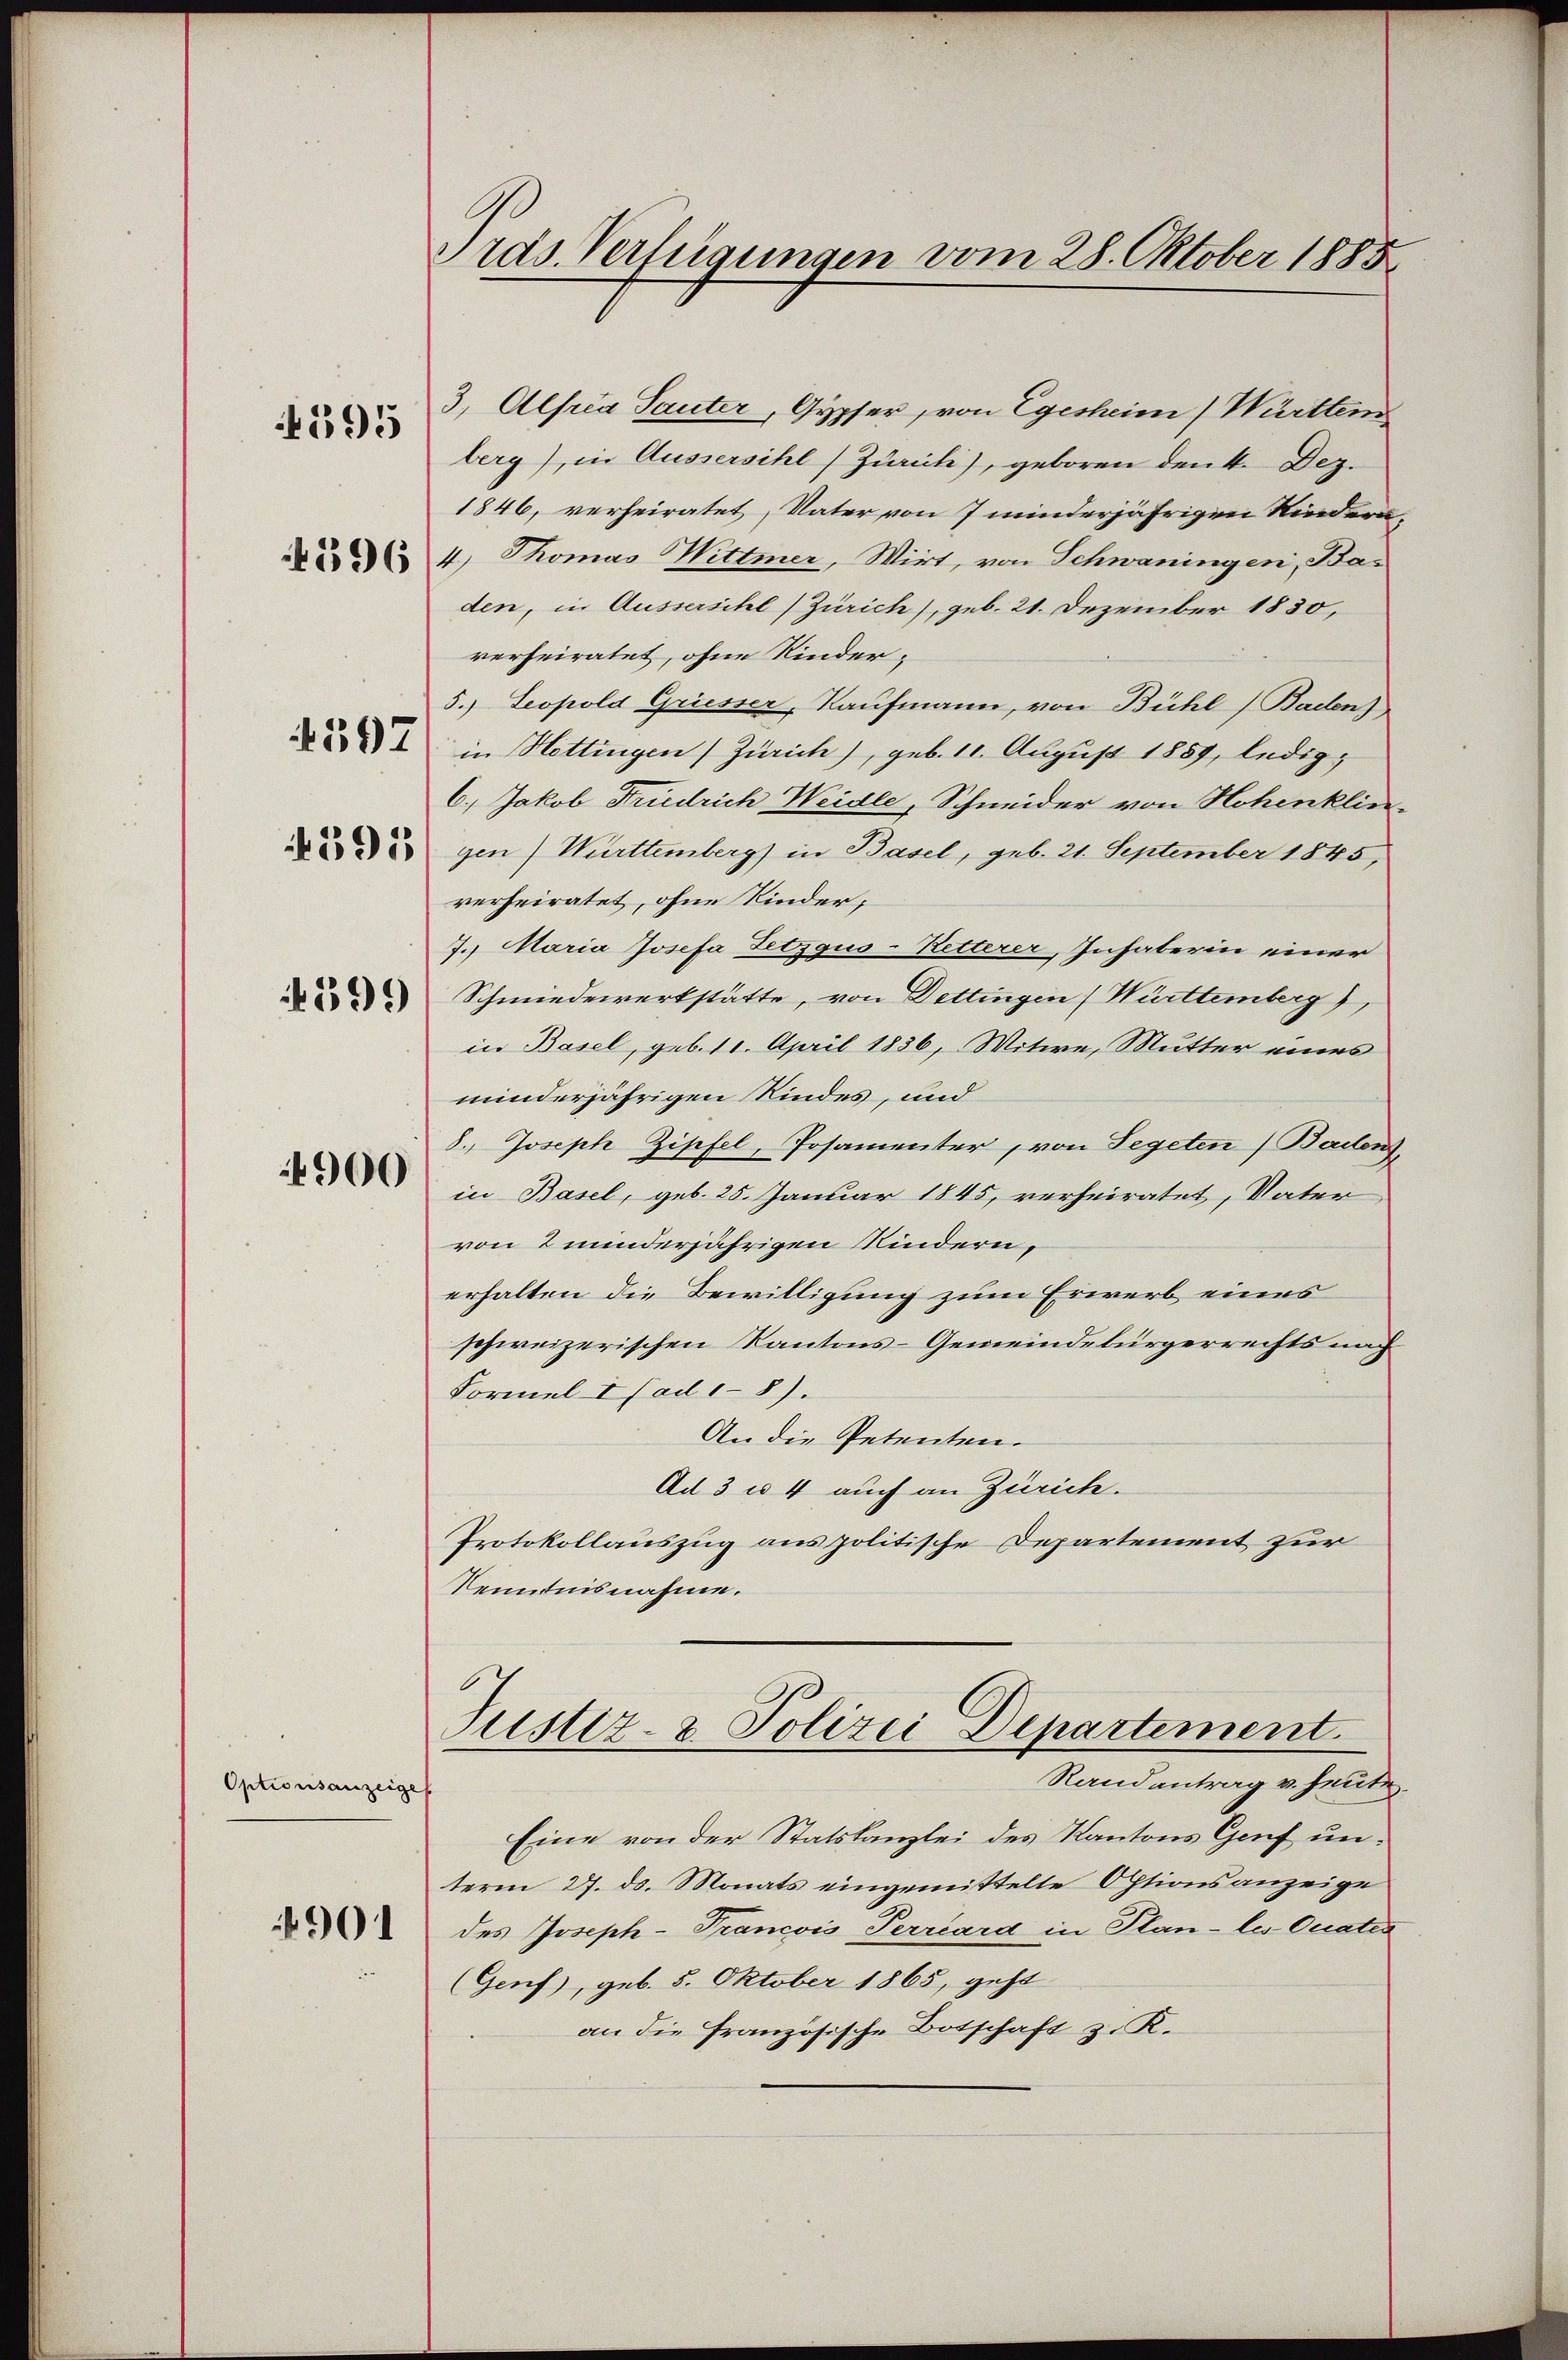
595

4596

597

391

199

4900

Optionsanzeige

901

.
rds. Verfügungen vom 28. Oktober 1888

3, Alfria Sauter, Gypfer von Egesheim Württem
berg), in Aussersihl (Zürich), geboren denk. Dez.
1846, verheiratet, Vater von 7 minderjährigen Kindern
4.) Thomas Wittmer, Wirt, von Schwaningen, Bas
den, in Aussersihl (Zürich), geb. 21. Dezember 1830,
verheiratet, ohne Kinder¬
5.) Leopold Griesser, Kaufmann, von Bühl (Badens
in Hottingen (Zürich), geb. 11. August 1859, ledig¬
6.) Jakob Friedrich Weidle, Schneider von Hohenklin-
gen) Württemberg) in Basel, geb. 21. September 1845,
verheiratet, ohne Kinder;
7. Maria Josefa Tetzgus-Retterer, Inhaberin einer
Schmiederwerkstätte, von Dettingen (Württemberg),
in Basel, geb. 11. April 1836, Witwe, Mutter eines
minderjährigen Kindes, und
8., Joseph Zipfel, Posamenter, von Segeten (Ballen,
in Basel, geb. 25. Januar 1845, verheiratet, Vater
von 2 minderjährigen Kindern,
erhalten die Bewilligung zum Erwerb eines
schweizerischen Kantons-Gemeindebürgerrechts nach
Formel I (ad1-8).
An die Petenten.
Ad 3 u. 4 auch an Zürich.
Protokollauszug aus politische Departement zur
Kenntnisnahme.
Justiz- & Polizei Departement.
Randantrag v. heute.
Eine von der Statskanzlei des Kantons Genf unterm 27. ds. Monats eingemittelte Optionsanzeige
des Joseph-Trancois Perrard in Plan - les Onates
(Genf), geb. 8. Oktober 1865, geht
an die französische Botschaft z. K.